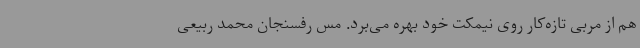
هم از مربی تازه‌کار روی نیمکت خود بهره می‌برد. مس رفسنجان محمد ربیعی